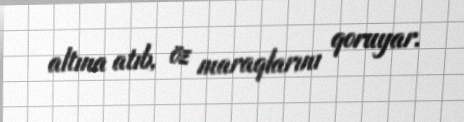
altına atıb, öz maraqlarını qoruyar.